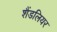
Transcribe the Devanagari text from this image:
शैंडलियर